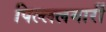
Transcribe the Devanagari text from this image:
पिल्‍ललमार्री